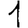
Digit: 1